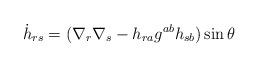
LaTeX: \begin{align*}{\dot h}_{rs}=(\nabla_r\nabla_s-h_{ra}g^{ab}h_{sb}) \sin\theta\end{align*}